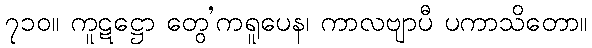
၇၁၀။ ကူဋဋ္ဌော တွေ’ကရူပေန၊ ကာလဗျာပီ ပကာသိတော။